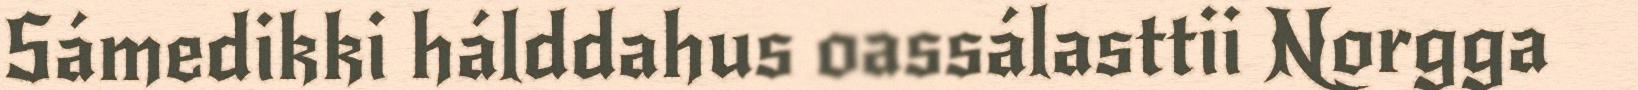
Sámedikki hálddahus oassálasttii Norgga